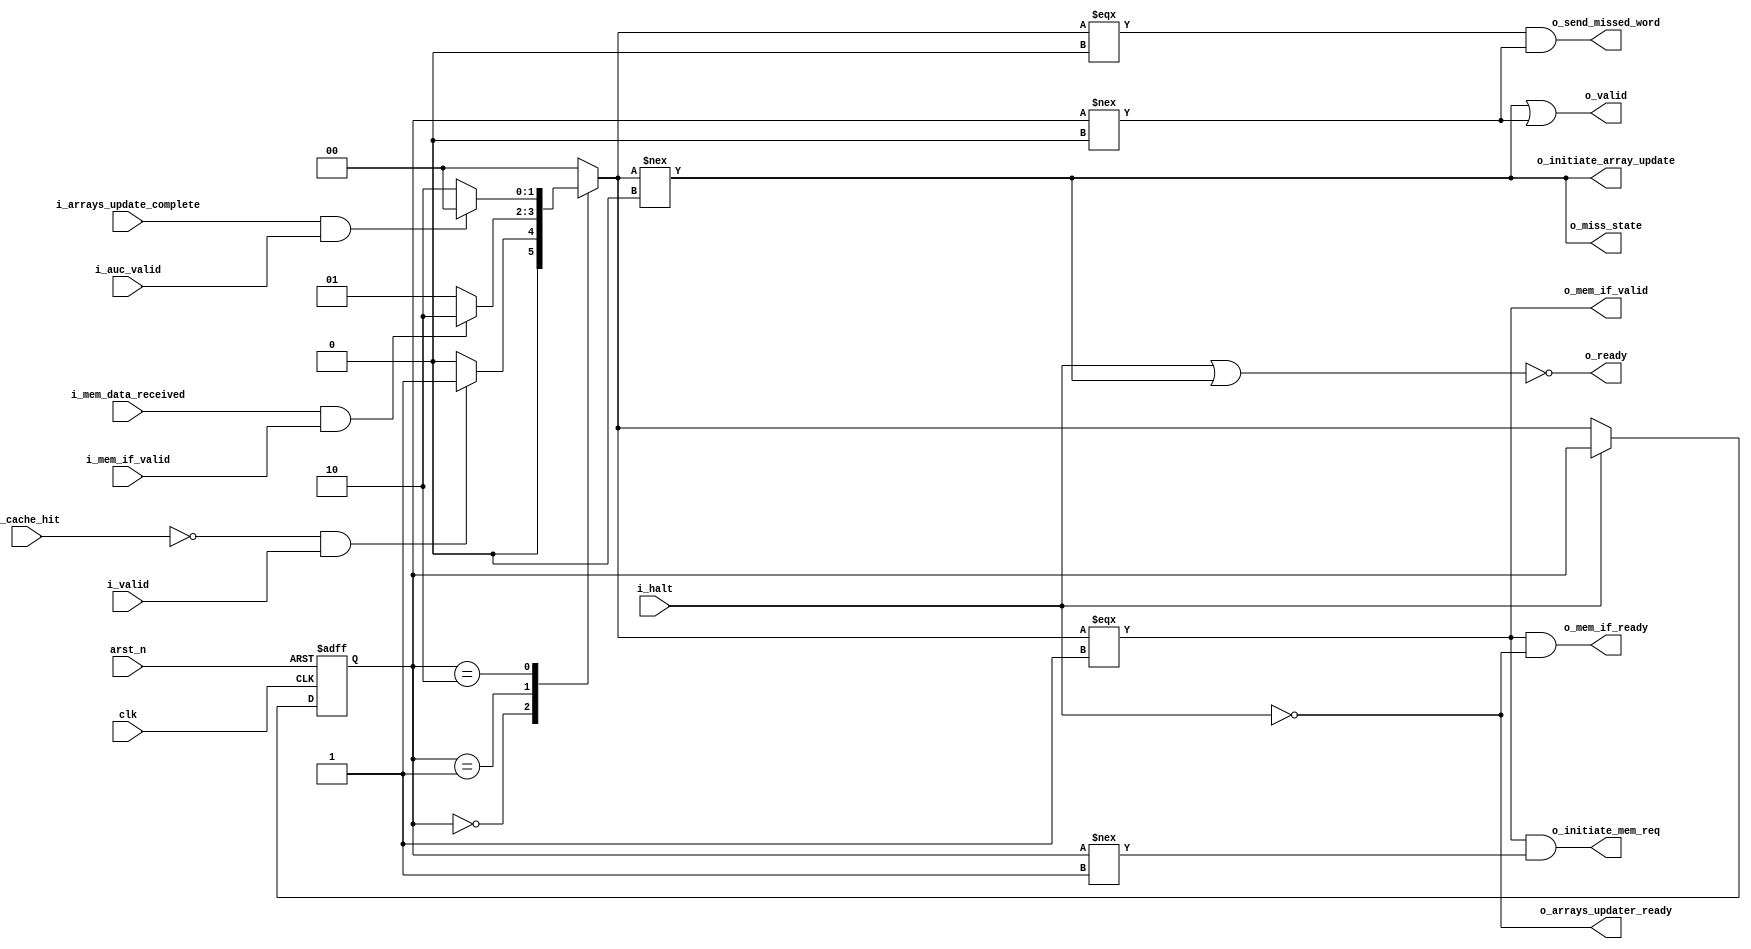
`timescale 1ns/1ps

module control_unit (
    input   wire    i_cache_hit,
    input   wire    i_valid, 
    
    input   wire    i_mem_data_received,
    input   wire    i_mem_if_valid,

    input   wire    i_arrays_update_complete,
    input   wire    i_auc_valid,

    input   wire    clk,
    input   wire    arst_n, 
    input   wire    i_halt, 

    output  wire    o_miss_state,
    
    output  wire    o_initiate_mem_req,
    output  wire    o_mem_if_valid,

    output  wire    o_initiate_array_update,
    output  wire    o_send_missed_word,
    output  wire    o_valid,
    
    output  wire    o_mem_if_ready,
    output  wire    o_arrays_updater_ready,
    output  wire    o_ready
);

    localparam STATE_IDLE               = 0;
    localparam STATE_MEM_REQ            = 1;
    localparam STATE_ARRAY_UPDATE       = 2;
    localparam NUM_STATES               = 3;

    reg     [$clog2(NUM_STATES)-1:0]    r_state;
    reg     [$clog2(NUM_STATES)-1:0]    w_state;
    

    assign o_ready = ~(i_halt | o_miss_state);
    assign o_arrays_updater_ready = ~i_halt;
    
    always @(posedge clk, negedge arst_n) begin
        if(~arst_n) begin
            r_state <= {$clog2(NUM_STATES){1'b0}};
        end
        else if(~i_halt) begin
            r_state <= w_state;
        end
    end

    always @(*) begin
        case (r_state)
            STATE_IDLE  :   begin
                w_state = (~i_cache_hit & i_valid) ? STATE_MEM_REQ : STATE_IDLE;
            end 

            STATE_MEM_REQ : begin
                w_state = (i_mem_data_received & i_mem_if_valid) ? STATE_ARRAY_UPDATE : STATE_MEM_REQ;
            end

            STATE_ARRAY_UPDATE : begin
                w_state = (i_arrays_update_complete & i_auc_valid) ? STATE_IDLE : STATE_ARRAY_UPDATE;
            end
            default: begin
                w_state = STATE_IDLE;
            end
        endcase
    end

    assign o_miss_state         = (w_state !== STATE_IDLE); 
    
    assign o_initiate_mem_req   = (w_state === STATE_MEM_REQ) & (r_state !== STATE_MEM_REQ);
    assign o_mem_if_valid       = (w_state === STATE_MEM_REQ);
    assign o_mem_if_ready       = (w_state === STATE_MEM_REQ) & ~i_halt;

    assign o_initiate_array_update = (w_state !== STATE_IDLE);
    assign o_send_missed_word   = (w_state === STATE_IDLE) & (r_state !== STATE_IDLE);
    
    assign o_valid = (w_state !== STATE_IDLE) | (r_state !== STATE_IDLE);


endmodule